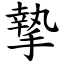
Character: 摯